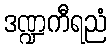
ဒဏ္ဍကီရညံ